Vaccination in Bombay 1874-1876 - 1874-1876
Year: 1874
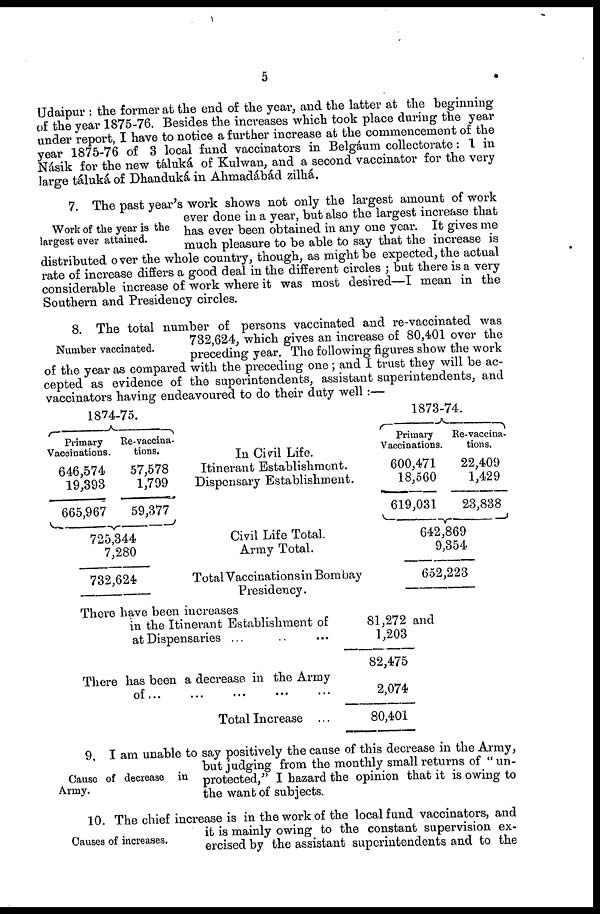
5
Udaipur : the former at the end of the year, and the latter at the beginning
of the year 1875-76. Besides the increases which took place during the year
under report, I have to notice a further increase at the commencement of the
year 1875-76 of 3 local fund vaccinators in Belgáum collectorate: 1 in
Násik for the new táluká of Kulwan, and a second vaccinator for the very
large táluká of Dhanduká in Ahmadábád zilhá.
Work of the year is the
largest ever attained.
7. The past year's work shows not only the largest amount of work
ever done in a year, but also the largest increase that
has ever been obtained in any one year. It gives me
much pleasure to be able to say that the increase is
distributed over the whole country, though, as might be expected, the actual
rate of increase differs a good deal in the different circles ; but there is a very
considerable increase of work where it was most desired—I mean in the
Southern and Presidency circles.
Number vaccinated.
8. The total number of persons vaccinated and re-vaccinated was
732,624, which gives an increase of 80,401 over the
preceding year. The following figures show the work
of the year as compared with the preceding one; and I trust they will be ac-
cepted as evidence of the superintendents, assistant superintendents, and
vaccinators having endeavoured to do their duty well:—
1874-75.
Primary
Vaccinations.
646,574
19,393
665,967
Re-vaccina-
tions.
57,578
1,799
59,377
725,344
7,280
732,624
In Civil Life.
Itinerant Establishment.
Dispensary Establishment.
Civil Life Total.
Army Total.
Total Vaccinations in Bombay
Presidency.
1873-74.
Primary
Vaccinations.
600,471
18,560
619,031
Re-vaccina-
tions.
22,409
1,429
23,838
642,869
9,354
652,223
There have been increases
in the Itinerant Establishment of
at Dispensaries ... ... ...
81,272 and
1,203
82,475
There has been a decrease in the Army
of
Total Increase ...
2,074
80,401
Cause of decrease in
Army.
9. I am unable to say positively the cause of this decrease in the Army,
but judging from the monthly small returns of "un-
protected," I hazard the opinion that it is owing to
the want of subjects.
Causes of increases.
10. The chief increase is in the work of the local fund vaccinators, and
it is mainly owing to the constant supervision ex-
ercised by the assistant superintendents and to the